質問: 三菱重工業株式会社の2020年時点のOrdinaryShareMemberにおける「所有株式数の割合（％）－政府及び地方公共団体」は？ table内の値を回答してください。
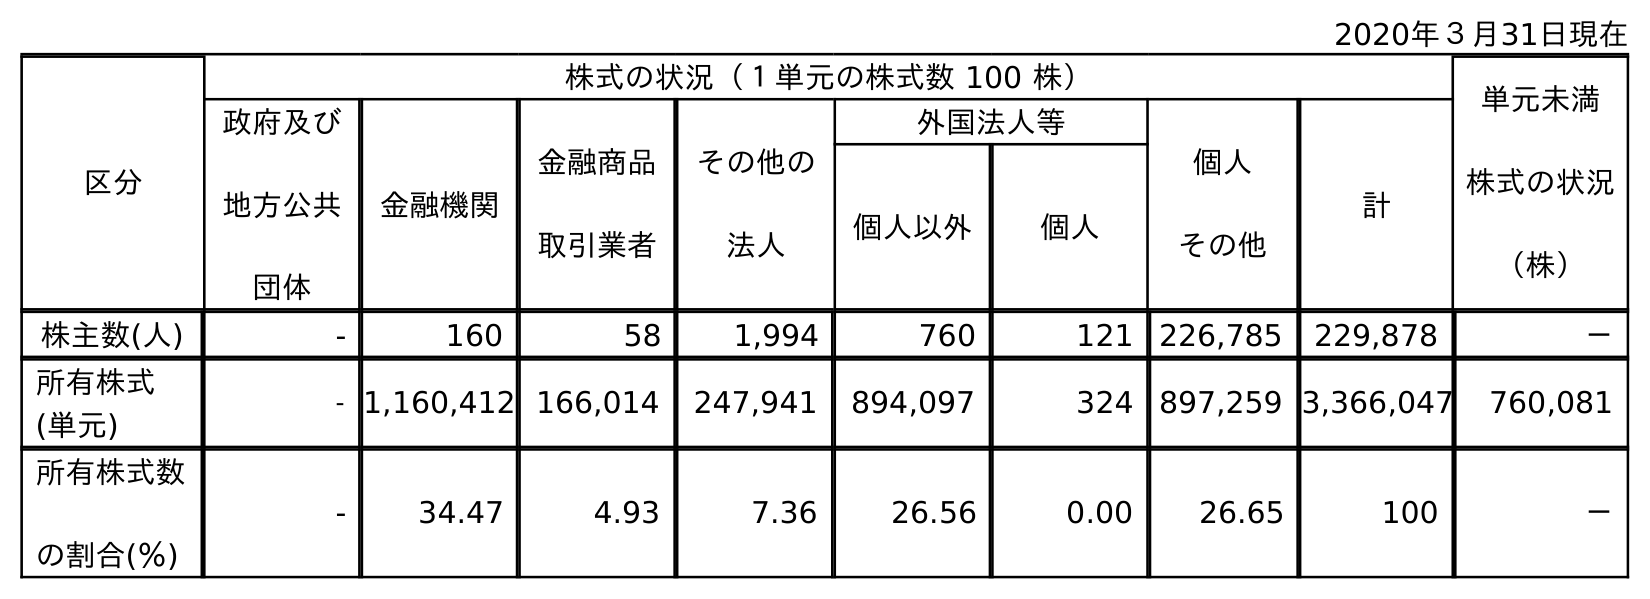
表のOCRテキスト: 2020年３月31日現在 区分 株式の状況（１単元の株式数 100 株） 単元未満 株式の状況 （株） 政府及び 地方公共 団体 金融機関 金融商品 取引業者 その他の 法人 外国法人等 個人 その他 計 個人以外 個人 株主数(人) - 160 58 1,994 760 121 226,785 229,878 － 所有株式 (単元) - 1,160,412 166,014 247,941 894,097 324 897,259 3,366,047 760,081 所有株式数 の割合(％) - 34.47 4.93 7.36 26.56 0.00 26.65 100 －
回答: -